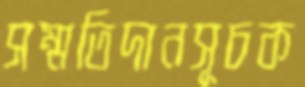
সম্মতিদানসূচক